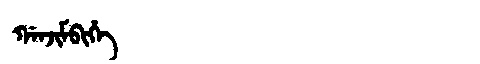
Manchu: ᡤᠠᠨᠵᡳᠮᠪᡳᡥᡝ
Romanization: GANJIMBIHE